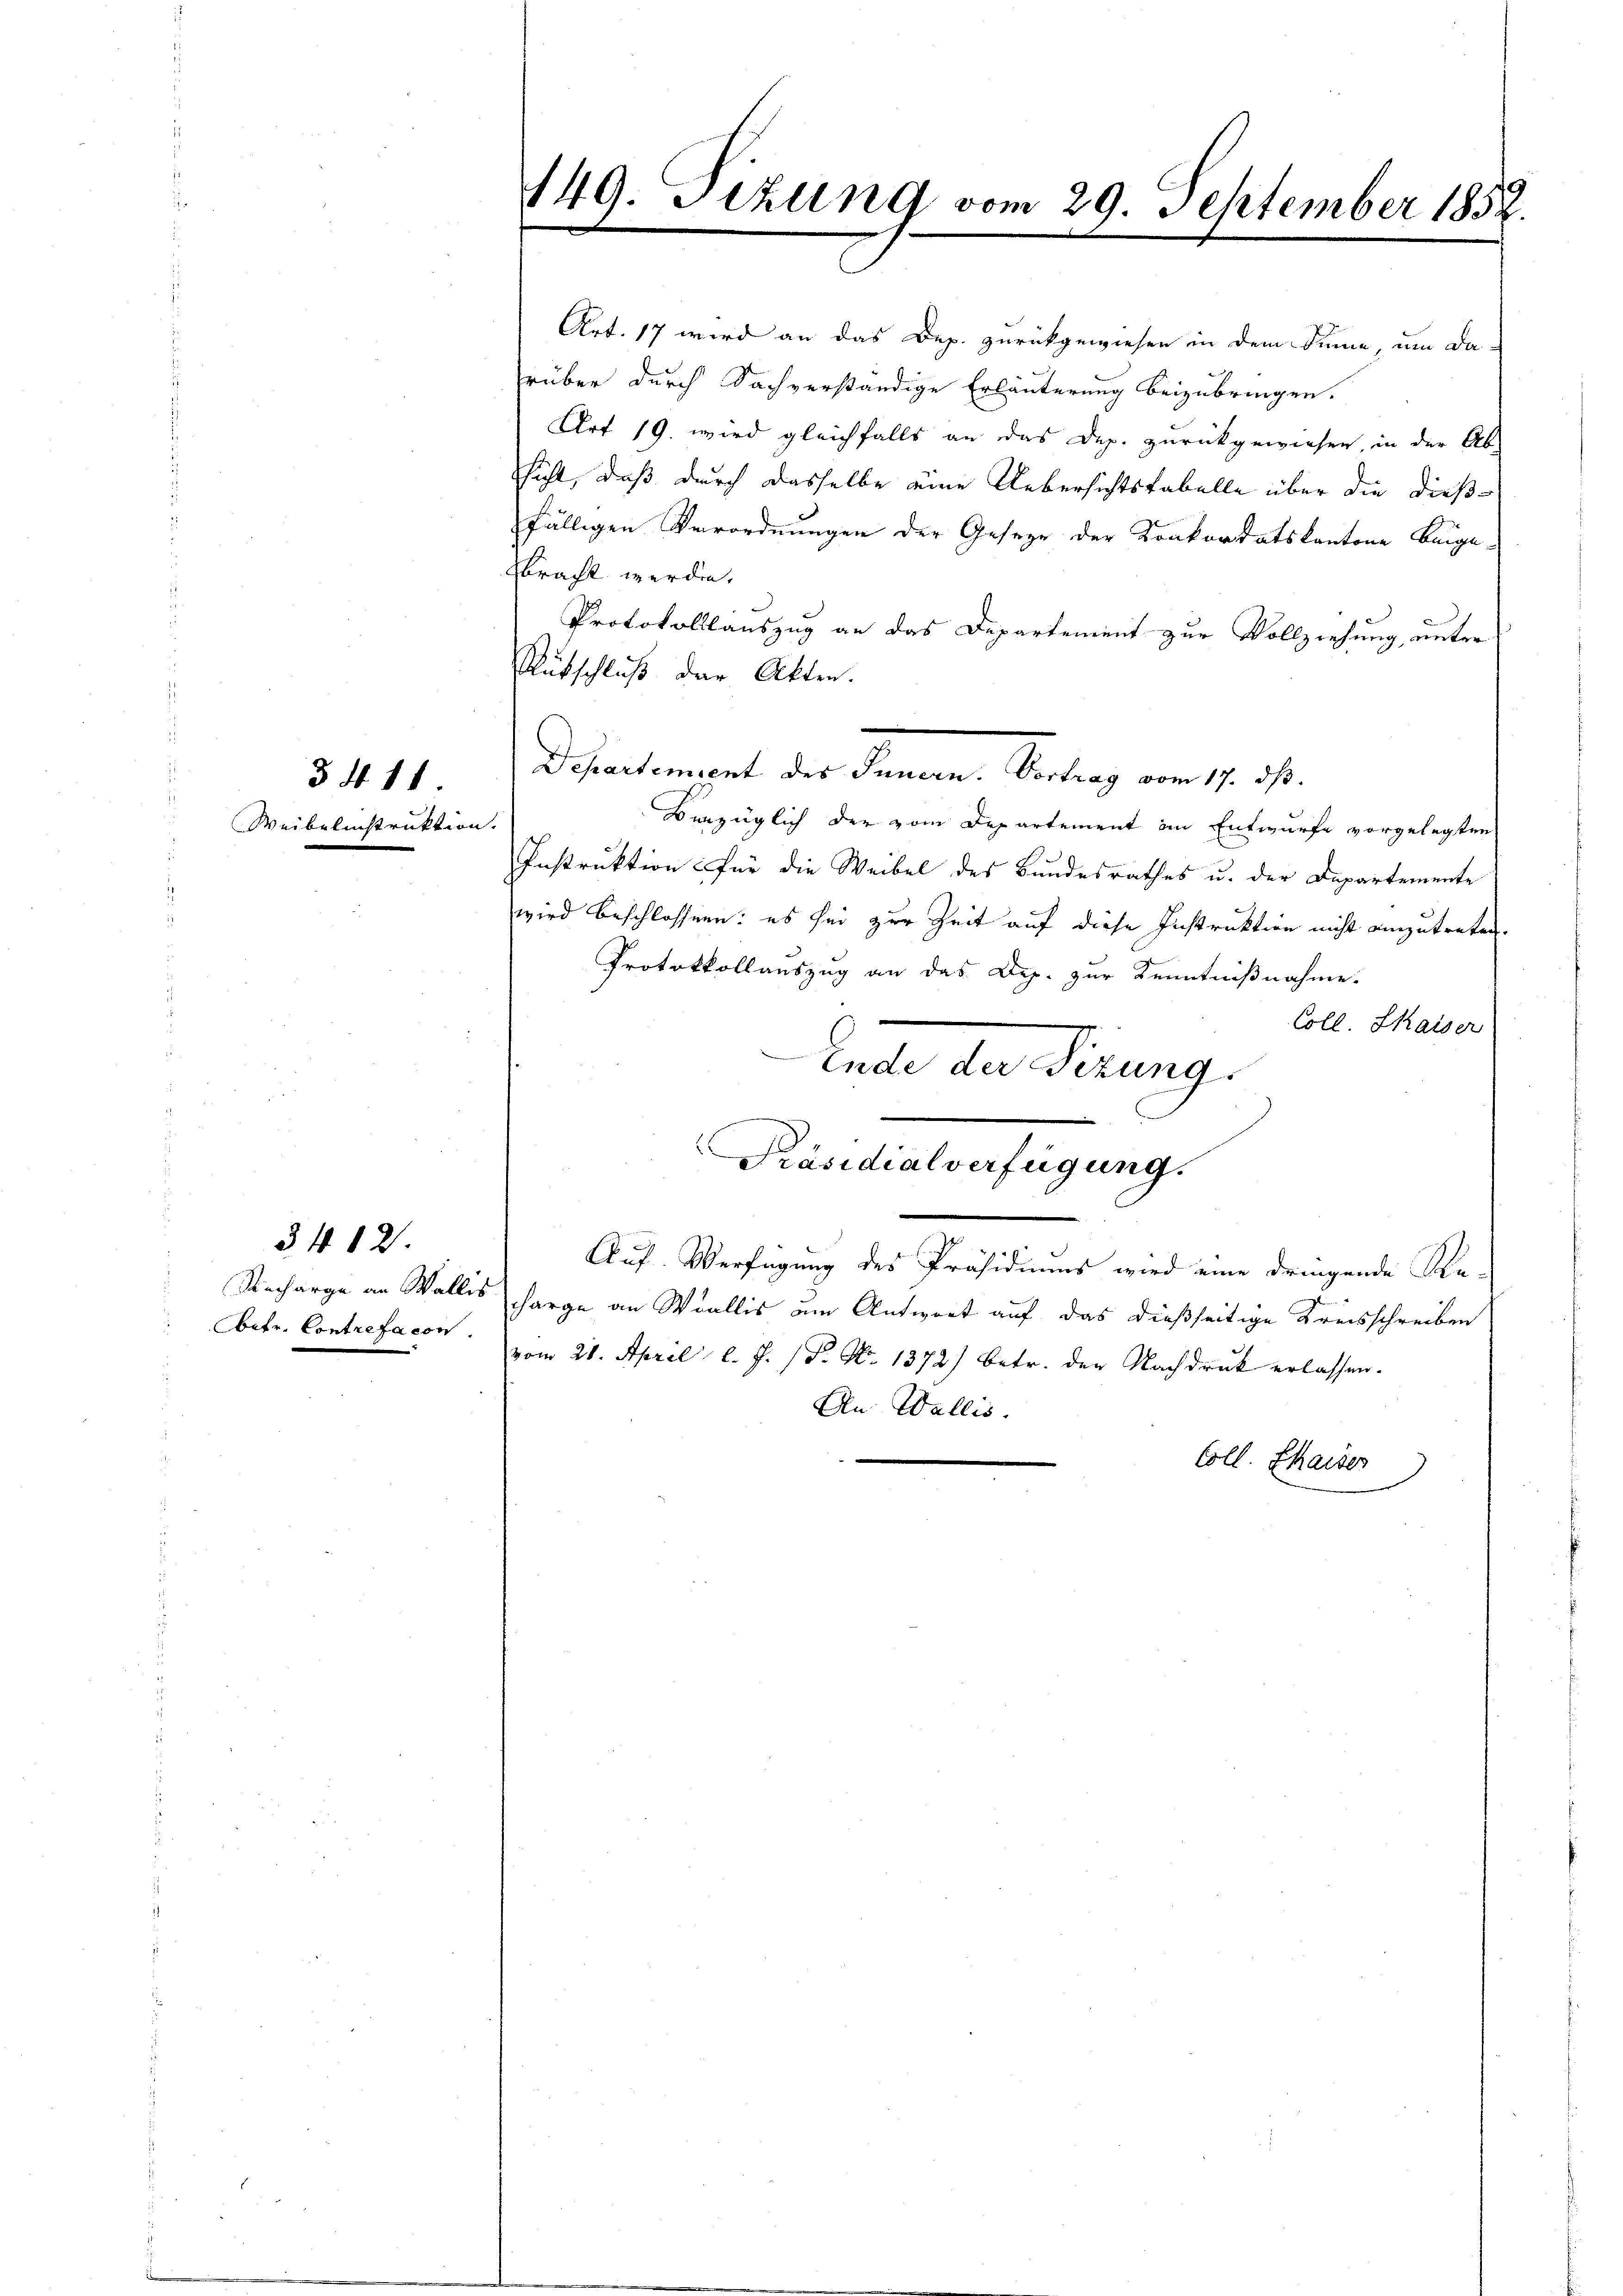
Weibelinstruktion.

3412.

3411.

Obetr. Contrefacon

Art. 17 wird an das Dep. zurückgewiesen in dem Sinne, um da-
rüber durch Sachverständige Erläuterung beizubringen.
Art 19. wird gleichfalls an das Dep. zurückgewiesen, in der Ab-
hicht, daß durch dasselbe eine Uebersichtstabelle über die dießfälligen Verordnungen der Geseze der Konkordatskantone beige-
bracht werden.
Protokollsauszug an das Departement zur Vollziehung, unter
Rütschluß der Akten.
Departement des Innern. Vortrag vom 17. ds.
Verzüglich der vom Departement im Entwurfe vorgelegten
Instruktion für die Weibel des Bundesrathes u. der Departemente
wird beschlossen: es sei zur Zeit auf diese Instruktion nicht einzutreten.
Protokollauszug an das App. zur Kenntnißnahme.
Coll. Skaiser
tacte der Firung
Präsidialverfügung.
Auf Verfügung des Präsidiums wird eine dringende Re-
Recharge an Wallis harge an Wallis um Antwort auf das dießseitige Kreisschreiben
vom 21. April l. J. (T. N. 1372) betr. der Nachdruck erlassen.
An Wallis.
Coll. Chaiser

149. Sezung vom 29. September 1852.